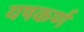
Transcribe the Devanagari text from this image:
यषकर्ण